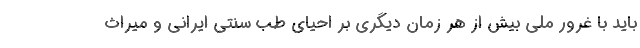
باید با غرور ملی بیش از هر زمان دیگری بر احیای طب سنتی ایرانی و میراث